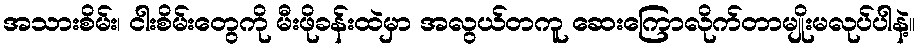
အသားစိမ်း၊ ငါးစိမ်းတွေကို မီးဖိုခန်းထဲမှာ အလွယ်တကူ ဆေးကြောလိုက်တာမျိုးမလုပ်ပါနဲ့။